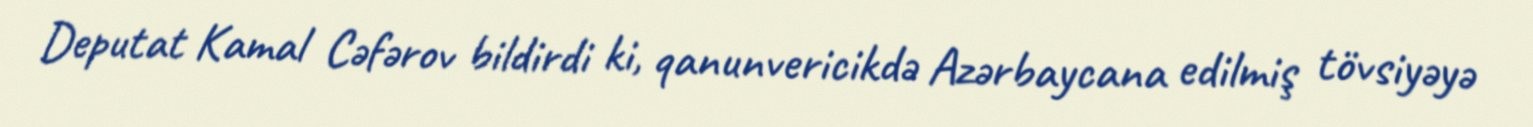
Deputat Kamal Cəfərov bildirdi ki, qanunvericikdə Azərbaycana edilmiş tövsiyəyə